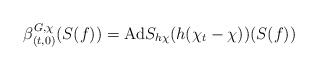
\begin{align*}\beta^{G,\chi}_{(t,0)}(S(f))=\mathrm{Ad}S_{h\chi}(h(\chi_t-\chi))(S(f))\end{align*}